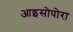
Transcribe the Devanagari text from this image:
आइसोपोरा